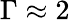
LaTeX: \Gamma\approx 2